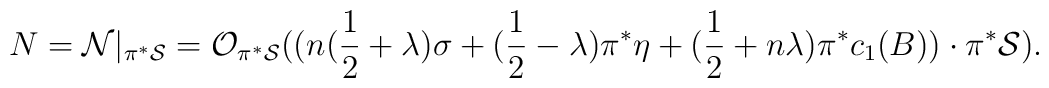
N={\cal N}|_{\pi^{*} {\cal S}}= {\cal O}_{\pi^* {\cal S}}((n(\frac{1}{2}+\lambda)\sigma+(\frac{1}{2}-\lambda)\pi^{*}\eta+(\frac{1}{2}+n\lambda)\pi^{*}c_{1}(B)) \cdot \pi^{*}{\cal S}).